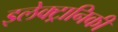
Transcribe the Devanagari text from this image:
इलेक्‍ट्रानिकी